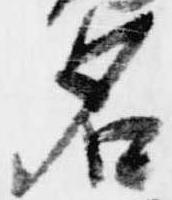
名